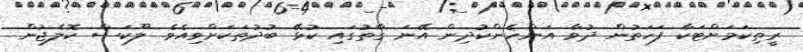
ރީތިކަމަށްޓަކާ ފަހަތުން ދުވާ އަންހެންކުދިން އޭނަ ގާތުގައި ކުޅޭ ބުދުތަކަށްވިއެވެ. ލޫކަސް ކޮލެޖުން